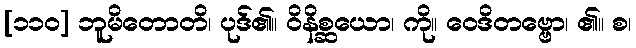
[၁၁၀] ဘူမိတောတိ၊ ပုဒ်၏။ ဝိနိစ္ဆယော၊ ကို။ ဝေဒိတဗ္ဗော၊ ၏။ စ၊